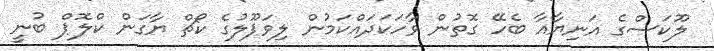
ލޫކަސްގެ އަނިޔާއާ ބެހޭ ގޮތުން ވާހަކަދައްކަމުން ލިވަޕޫލުގެ ކޯޗް ޔާގަން ކްލޮޕް ބުނީ